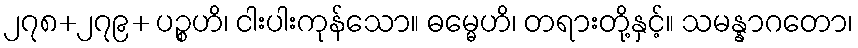
၂၇၈+၂၇၉+ ပဉ္စဟိ၊ ငါးပါးကုန်သော။ ဓမ္မေဟိ၊ တရားတို့နှင့်။ သမန္နာဂတော၊